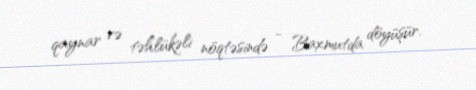
qaynar və təhlükəli nöqtəsində - Baxmutda döyüşür.